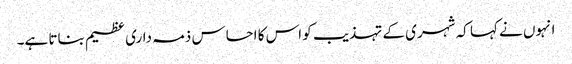
انہوں نے کہا کہ شہری کے تہذیب کو اس کا احساس ذمہ داری عظیم بناتا ہے۔